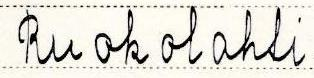
Ruokolahti